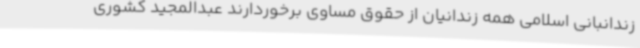
زندانبانی اسلامی همه زندانیان از حقوق مساوی برخوردارند عبدالمجید کشوری